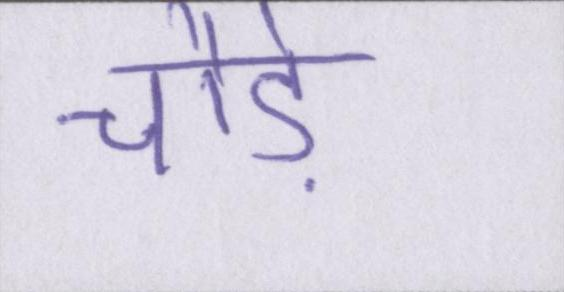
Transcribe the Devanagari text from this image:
चौड़े